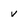
Character: v